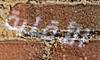
الأقلية